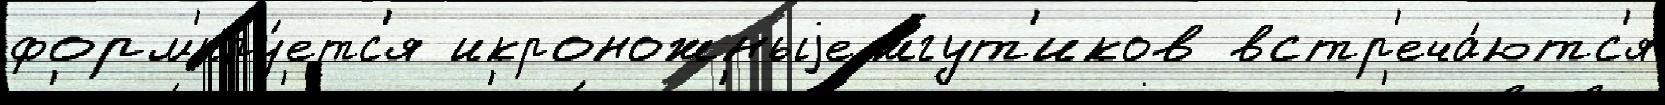
форм'иру́етс'я икроножныjе жгут'иков встр'еча́ютс'я